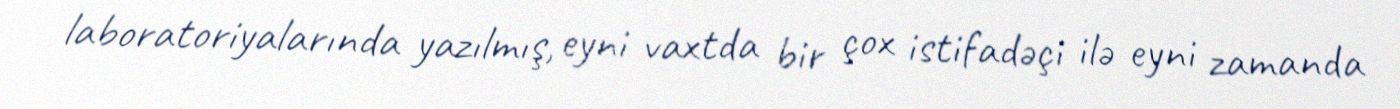
laboratoriyalarında yazılmış, eyni vaxtda bir çox istifadəçi ilə eyni zamanda